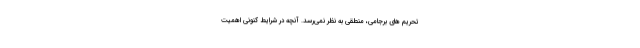
تحريم هاي برجامي، منطقي به نظر نمي‌رسد. آنچه در شرايط كنوني اهميت